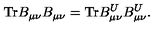
\mathrm { T r } B _ { \mu \nu } B _ { \mu \nu } = \mathrm { T r } B _ { \mu \nu } ^ { U } B _ { \mu \nu } ^ { U } .